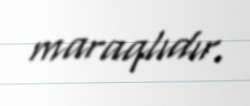
maraqlıdır.